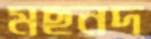
মছনদ